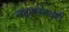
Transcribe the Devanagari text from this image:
चंद्रपरमेश्वरी